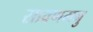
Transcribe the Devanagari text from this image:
सावणमनु